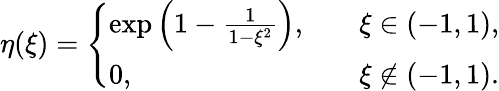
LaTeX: \eta(\xi)=\left\{ \begin{array}{ll}{\exp\left(1-\frac{1}{1-\xi^{2}}\right),}&{\quad\xi\in(-1,1),}\\ {0,}&{\quad\xi\not\in(-1,1).}\end{array}\right.